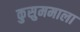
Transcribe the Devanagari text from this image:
कुसुममाला